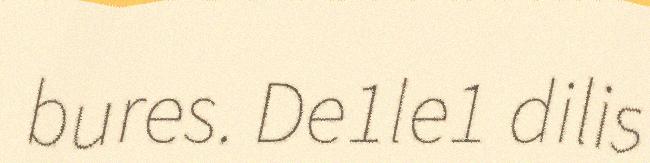
bures. De1le1 dilis